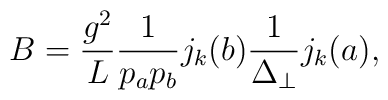
B = \frac{g^2}{L}\frac{1}{p_a p_b} j_k(b)\frac{1}{\Delta_\perp}j_k(a),